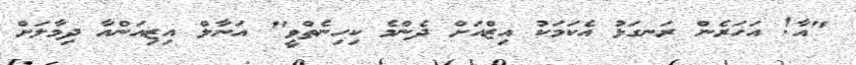
"އާ! އަހަރެން ރަނގަޅު އެކަމަކު އިޒްއަށް ދެންމެ ކިހިނެތްވީ" އަނާލް އިޒިއަންއާ ދިމާލަށް